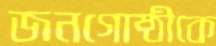
জনগোষ্ঠীকে